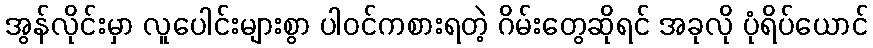
အွန်လိုင်းမှာ လူပေါင်းများစွာ ပါဝင်ကစားရတဲ့ ဂိမ်းတွေဆိုရင် အခုလို ပုံရိပ်ယောင်